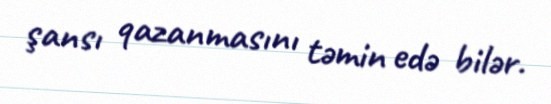
şansı qazanmasını təmin edə bilər.